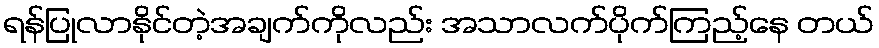
ရန်ပြုလာနိုင်တဲ့အချက်ကိုလည်း အသာလက်ပိုက်ကြည့်နေ တယ်